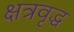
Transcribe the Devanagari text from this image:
क्षत्रवृद्ध